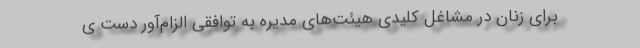
برای زنان در مشاغل کلیدی هیئت‌های مدیره به توافقی الزام‌آور دست ی